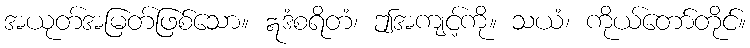
အယုတ်အမြတ်ဖြစ်သော။ ဣဒံစရိတံ၊ ဤအကျင့်ကို။ သယံ၊ ကိုယ်တော်တိုင်။